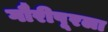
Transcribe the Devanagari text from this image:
गौरीपूरला